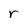
Character: r